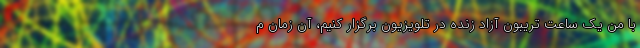
با من یک ساعت تریبون آزاد زنده در تلویزیون برگزار کنیم، آن زمان م